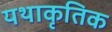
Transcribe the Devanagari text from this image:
यथाकृतिक